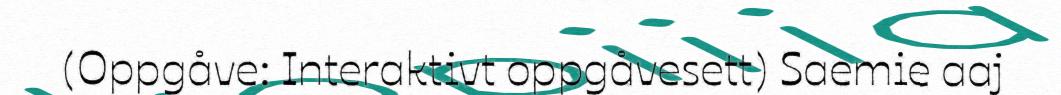
(Oppgåve: Interaktivt oppgåvesett) Saemie aaj